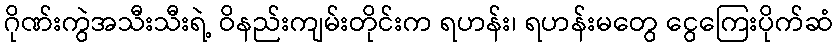
ဂိုဏ်းကွဲအသီးသီးရဲ့ ဝိနည်းကျမ်းတိုင်းက ရဟန်း၊ ရဟန်းမတွေ ငွေကြေးပိုက်ဆံ